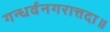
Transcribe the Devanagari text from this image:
गन्धर्वनगरात्तदा॥